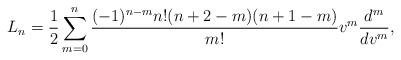
LaTeX: \begin{align*} L_n=\frac{1}{2}\sum_{m=0}^n\frac{(-1)^{n-m}n!(n+2-m)(n+1-m)}{m!}v^m\frac{d^m}{dv^m},\end{align*}